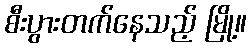
စီးပွားတက်နေသည့် မြို့။